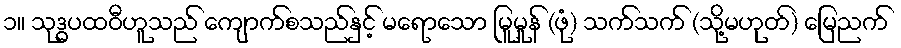
၁။ သုဒ္ဓပထဝီဟူသည် ကျောက်စသည်နှင့် မရောသော မြူမှုန် (ဖုံ) သက်သက် (သို့မဟုတ်) မြေညက်